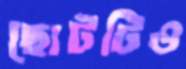
ছোটটিও